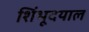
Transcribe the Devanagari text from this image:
शिंभूदयाल